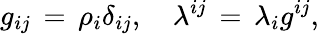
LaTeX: g_{ij}\, =\, \rho_{i}\delta_{ij},\quad\lambda^{ij}\, =\, \lambda_{i}g^{ij},